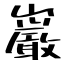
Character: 巌